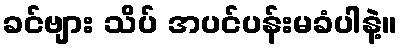
ခင်ဗျား သိပ် အပင်ပန်းမခံပါနဲ့။